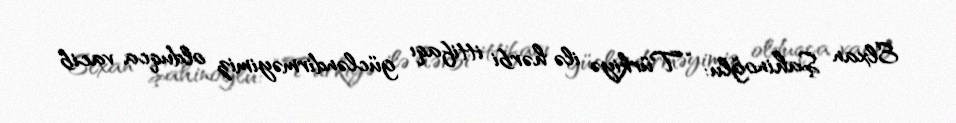
Elxan Şahinoğlu: “Türkiyə ilə hərbi ittifaqı gücləndirməyimiz olduqca vacib